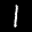
Label: 1